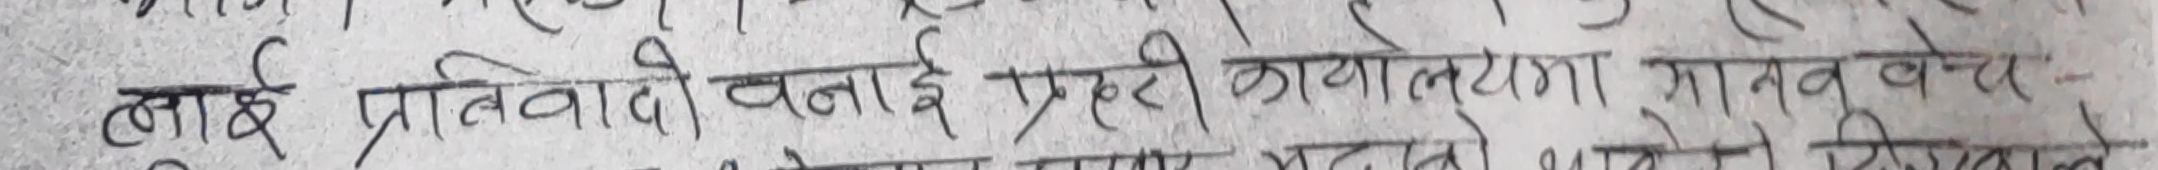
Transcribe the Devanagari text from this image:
लाई प्रतिवादी बनाई प्रहरी कार्यालयमा मानव बेच